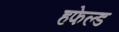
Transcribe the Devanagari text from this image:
हफेल्ड